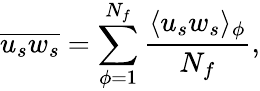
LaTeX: \overline{{u_{s}w_{s}}}=\sum_{\phi=1}^{N_{f}}\frac{\langle u_{s}w_{s}\rangle_{\phi}}{N_{f}},